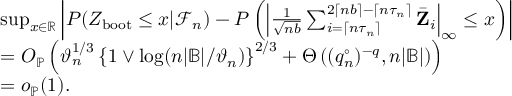
\begin{array} { r l } & { \operatorname* { s u p } _ { x \in \mathbb { R } } \left| P ( Z _ { \mathrm { b o o t } } \leq x | \mathcal { F } _ { n } ) - P \left( \left| \frac { 1 } { \sqrt { n b } } \sum _ { i = \lceil n \tau _ { n } \rceil } ^ { 2 \lceil n b \rceil - \lceil n \tau _ { n } \rceil } \bar { \mathbf Z } _ { i } \right| _ { \infty } \leq x \right) \right| } \\ & { = O _ { \mathbb { P } } \left( \vartheta _ { n } ^ { 1 / 3 } \left\{ 1 \vee \log ( n | \mathbb { B } | / \vartheta _ { n } ) \right\} ^ { 2 / 3 } + \Theta \left( ( q _ { n } ^ { \circ } ) ^ { - q } , n | \mathbb B | \right) \right) } \\ & { = o _ { \mathbb { P } } ( 1 ) . } \end{array}